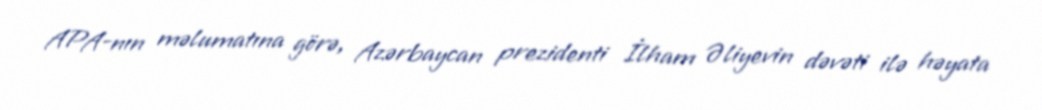
APA-nın məlumatına görə, Azərbaycan prezidenti İlham Əliyevin dəvəti ilə həyata